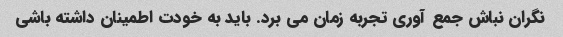
نگران نباش جمع آوری تجربه زمان می برد. باید به خودت اطمینان داشته باشی